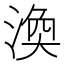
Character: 渙